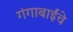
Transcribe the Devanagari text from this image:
गंगाबाईंचे